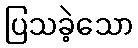
ပြသခဲ့သော